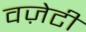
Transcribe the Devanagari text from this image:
वज़ेटी